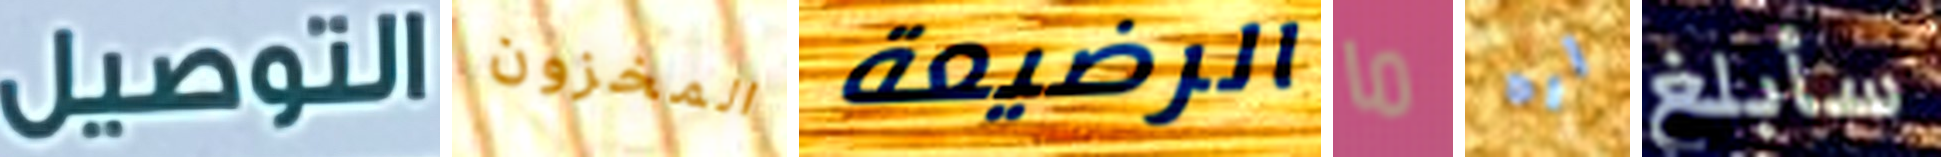
التوصيل المخزون الرضيعة ما اره سأبلغ